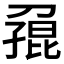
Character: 𪟓